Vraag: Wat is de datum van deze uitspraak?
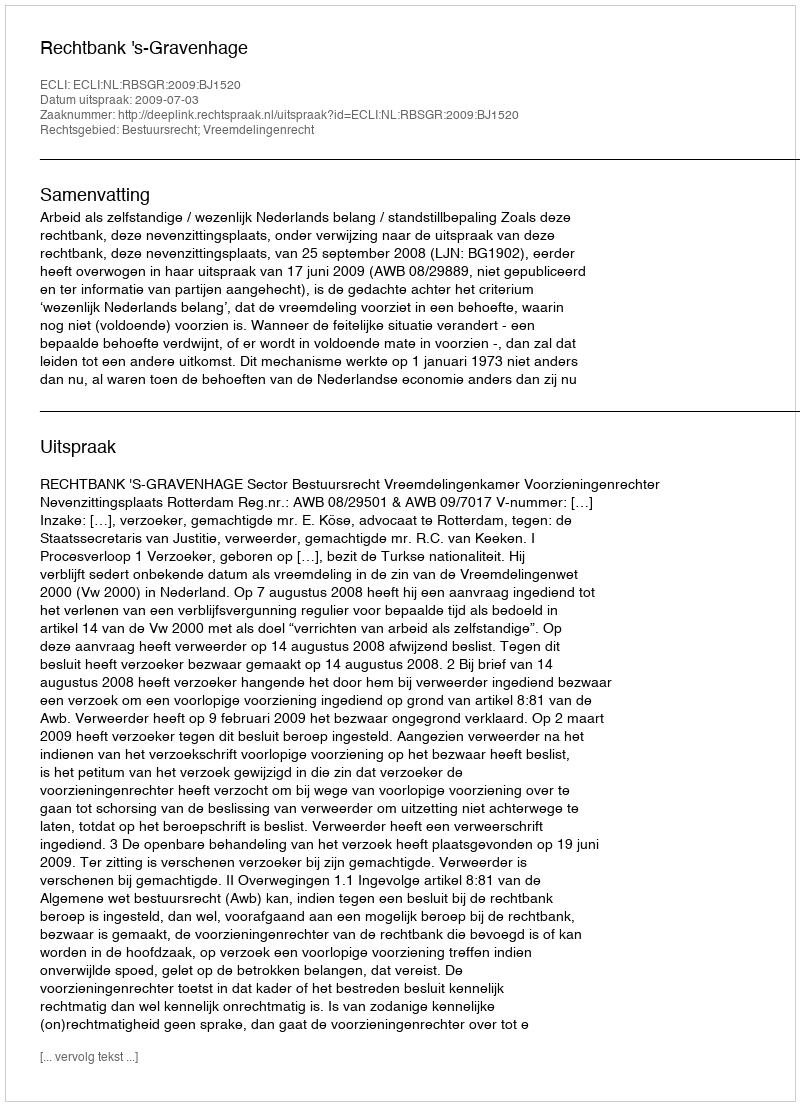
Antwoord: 2009-07-03